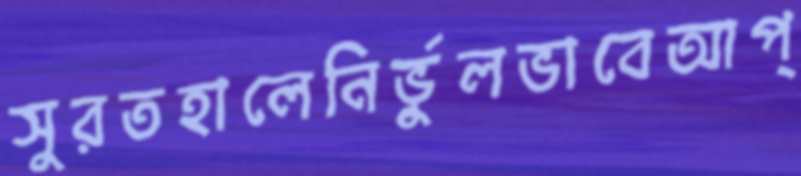
সুরতহালেনির্ভুলভাবেআপ্